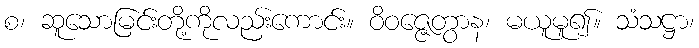
စ၊ ဆူသောမြင်းတို့ကိုလည်းကောင်း။ ဝိဝဇ္ဇေတွာန၊ မယူမူ၍။ သံသဋ္ဌာ၊